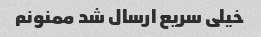
خیلی سریع ارسال شد ممنونم